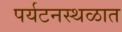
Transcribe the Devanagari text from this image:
पर्यटनस्थळात